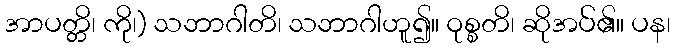
အာပတ္တိ၊ ကို၊) သဘာဂါတိ၊ သဘာဂါဟူ၍။ ဝုစ္စတိ၊ ဆိုအပ်၏။ ပန၊